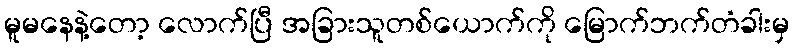
မူမနေနဲ့တော့ လောက်ပြီ အခြားသူတစ်ယောက်ကို မြောက်ဘက်တံခါးမှ